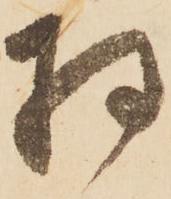
将